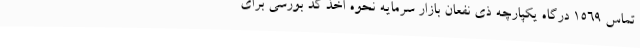
تماس ۱۵۶۹ درگاه یکپارچه ذی نفعان بازار سرمایه نحوه اخذ کد بورسی برای